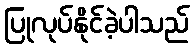
ပြုလုပ်နိုင်ခဲ့ပါသည်